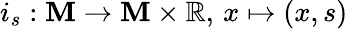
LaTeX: i_{s}:\mathbf{M}\to\mathbf{M}\times\mathbb{{R}},\, x\mapsto(x,s)